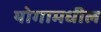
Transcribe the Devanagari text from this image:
योगामधील